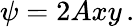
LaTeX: \psi=2Axy\, .